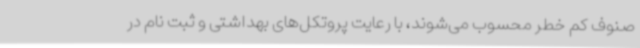
صنوف کم خطر محسوب می‌شوند، با رعایت پروتکل‌های بهداشتی و ثبت نام در